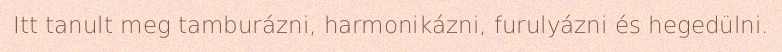
Itt tanult meg tamburázni, harmonikázni, furulyázni és hegedülni.